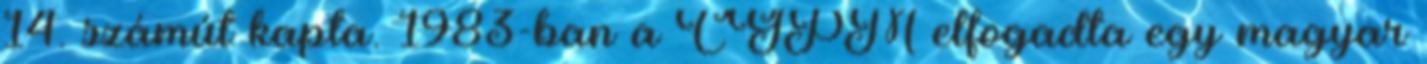
14. számút kapta. 1983-ban a CGPM elfogadta egy magyar